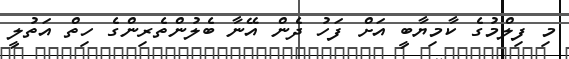
މި ފިލްމުގެ ކާމިޔާބީ އަށް ފަހު ދެން އޭނާ ބެލުންތެރިންގެ ހިތް އަތުލީ